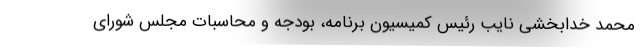
محمد خدابخشی نایب رئیس کمیسیون برنامه، بودجه و محاسبات مجلس شورای